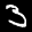
Label: 3